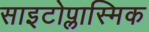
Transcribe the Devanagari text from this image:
साइटोप्लास्मिक